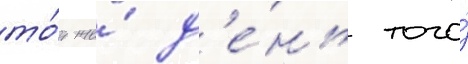
то́т же́ д'е́нь того́